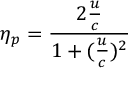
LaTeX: \eta _ { p } = { \frac { 2 { \frac { u } { c } } } { 1 + ( { \frac { u } { c } } ) ^ { 2 } } }